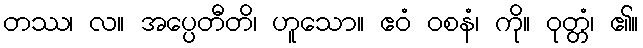
တဿ၊ လ။ အပ္ပေတီတိ၊ ဟူသော။ ဧဝံ ဝစနံ၊ ကို။ ဝုတ္တံ၊ ၏။